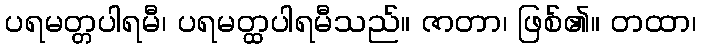
ပရမတ္တပါရမီ၊ ပရမတ္ထပါရမီသည်။ ဇာတာ၊ ဖြစ်၏။ တထာ၊